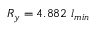
R _ { y } = 4 . 8 8 2 ~ l _ { m i n }